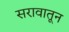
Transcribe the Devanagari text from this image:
सरावातून